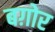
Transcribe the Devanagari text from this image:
बग़ोर